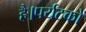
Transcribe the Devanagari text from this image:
है।पर्यटकों